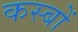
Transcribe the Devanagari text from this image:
कस्‍बों